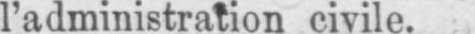
l’administration civile.